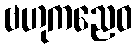
ဗဟုကညေဝ